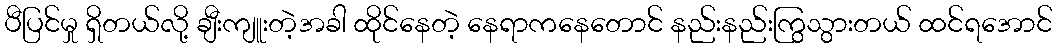
ပီပြင်မှု ရှိတယ်လို့ ချီးကျူးတဲ့အခါ ထိုင်နေတဲ့ နေရာကနေတောင် နည်းနည်းကြွသွားတယ် ထင်ရအောင်